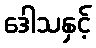
ဒေါသနှင့်